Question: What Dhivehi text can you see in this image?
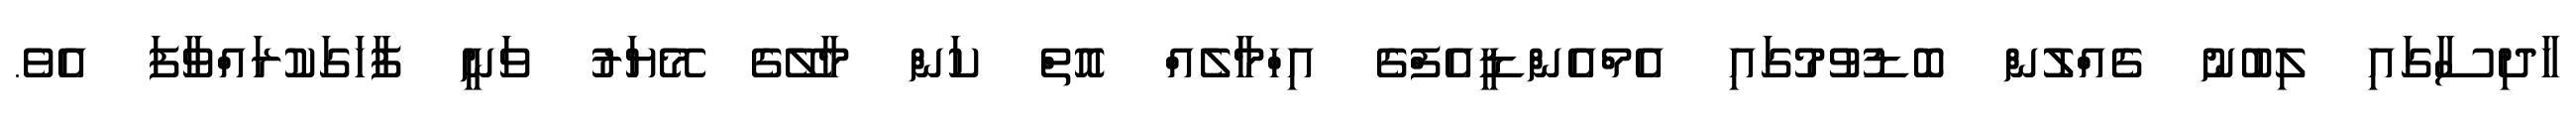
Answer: ހާދިސާގައި ލިބުނު ގެއްލުން ބޮޑުވުމުގައި އެމްއެންޑީއެފްގެ އިހްމާލެއް އޮތް ކަން މާލޭގެ މޭޔަރު ވަނީ ފާހަގަކުރައްވާފަ އެވެ.